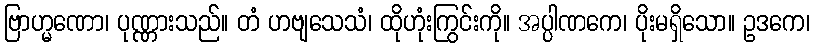
ဗြာဟ္မဏော၊ ပုဏ္ဏားသည်။ တံ ဟဗျသေသံ၊ ထိုဟုံးကြွင်းကို။ အပ္ပါဏကေ၊ ပိုးမရှိသော။ ဥဒကေ၊